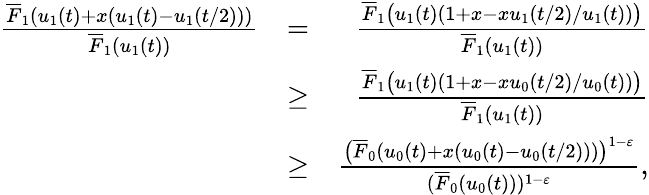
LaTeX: \begin{array}{rlr}{\frac{\overline{{F}}_{1}(u_{1}(t)+x(u_{1}(t)-u_{1}(t/2)))}{\overline{{F}}_{1}(u_{1}(t))}}&{=}&{\frac{\overline{{F}}_{1}\big(u_{1}(t)(1+x-xu_{1}(t/2)/u_{1}(t))\big)}{\overline{{F}}_{1}(u_{1}(t))}}\\ &{\ge}&{\frac{\overline{{F}}_{1}\big(u_{1}(t)(1+x-xu_{0}(t/2)/u_{0}(t))\big)}{\overline{{F}}_{1}(u_{1}(t))}}\\ &{\ge}&{\frac{\big(\overline{{F}}_{0}(u_{0}(t)+x(u_{0}(t)-u_{0}(t/2)))\big)^{1-\varepsilon}}{(\overline{{F}}_{0}(u_{0}(t)))^{1-\varepsilon}},}\end{array}